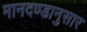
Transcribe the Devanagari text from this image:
मानदण्डानुसार